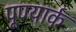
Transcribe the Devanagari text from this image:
पूण्यार्क